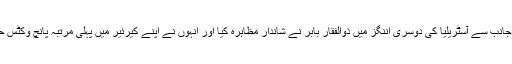
پاکستان کی جانب سے آسٹریلیا کی دوسری اننگز میں ذوالفقار بابر نے شاندار مظاہرہ کیا اور انہوں نے اپنے کیرئیر میں پہلی مرتبہ پانچ وکٹس حاصل کئے ۔